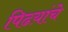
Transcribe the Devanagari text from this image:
पिढय़ांचे